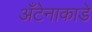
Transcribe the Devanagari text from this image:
अँटेनाकाडे